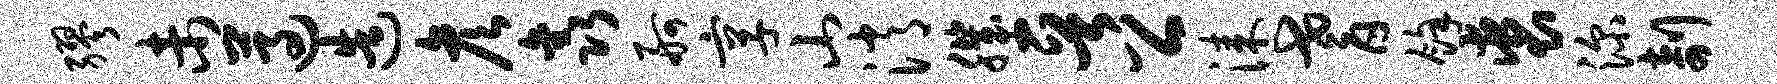
缪未遵造彦鑫舸享山消肌晋公漆耆余裘深剞